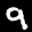
Label: 9